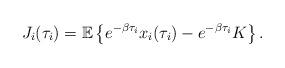
LaTeX: \begin{align*}J_i(\tau_i)=\mathbb{E}\left\{e^{-\beta\tau_i}x_i(\tau_i)-e^{-\beta\tau_i}K\right\}.\end{align*}